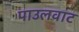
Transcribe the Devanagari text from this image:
पाउलवाट